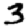
Digit: 3